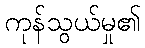
ကုန်သွယ်မှု၏